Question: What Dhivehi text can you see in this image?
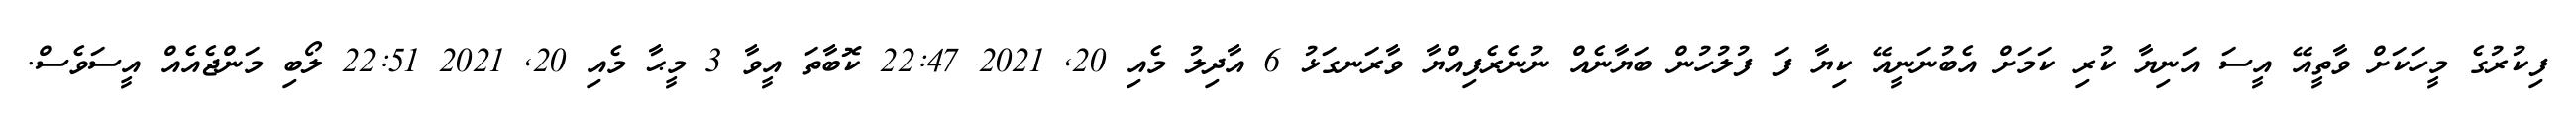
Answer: ފިކުރުގެ މީހަކަށް ވާތީއޭ އީސަ އަނިޔާ ކުރި ކަމަށް އެބުނަނީއޭ ކިޔާ ފަ ފުލުހުން ބަޔާނެއް ނުނެރެފިއްޔާ ވާރަނގަޅު 6 އާދިލު މެއި 20, 2021 22:47 ކޮބާތަ އީވާ 3 މީޙާ މެއި 20, 2021 22:51 ލޯބި މަންޖެއެއް އީސަވެސް.